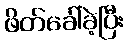
ဖိတ်ခေါ်ခဲ့ပြီး